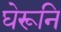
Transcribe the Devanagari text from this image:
घेरूनि